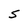
Character: s